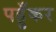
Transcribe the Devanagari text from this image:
पहुँकर